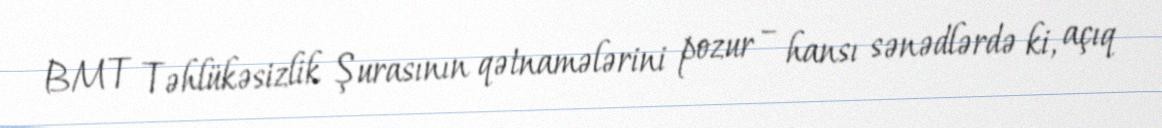
BMT Təhlükəsizlik Şurasının qətnamələrini pozur – hansı sənədlərdə ki, açıq